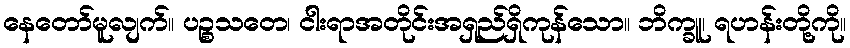
နေတော်မူလျက်။ ပဉ္စသတေ၊ ငါးရာအတိုင်းအရှည်ရှိကုန်သော။ ဘိက္ခူ၊ ရဟန်းတို့ကို။